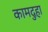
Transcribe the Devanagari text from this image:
कामदुहा